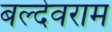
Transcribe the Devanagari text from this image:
बल्देवराम